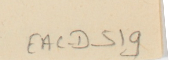
EAC-D-51g